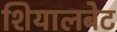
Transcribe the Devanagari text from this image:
शियालबेट